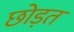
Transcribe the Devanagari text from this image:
छोड़त